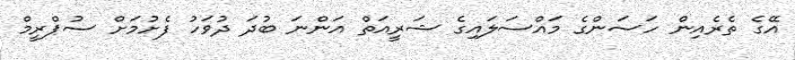
އޭގެ ތެރެއިން ހަސަންގެ މައްސަލައިގެ ޝަރީއަތް އަންނަ ބުދަ ދުވަހު ފެށުމަށް ސުޕްރީމް